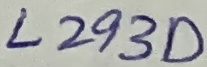
Text: L293D